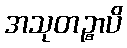
အသုတဉ္စာပိ